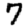
Digit: 7